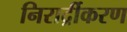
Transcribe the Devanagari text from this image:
निरार्द्रीकरण